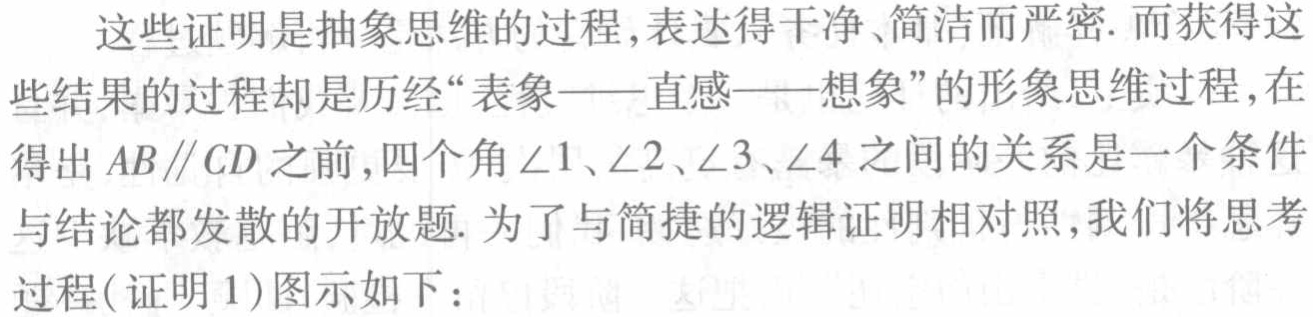
这些证明是抽象思维的过程,表达得干净、简洁而严密. 而获得这些结果的过程却是历经“表象——直感——想象”的形象思维过程,在得出 \(AB\parallel CD\) 之前,四个角 \(\angle1\)、\(\angle2\)、\(\angle3\)、\(\angle4\) 之间的关系是一个条件与结论都发散的开放题. 为了与简捷的逻辑证明相对照,我们将思考过程(证明 1)图示如下：